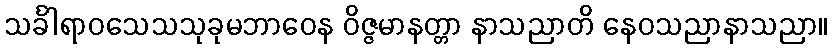
သင်္ခါရာဝသေသသုခုမဘာဝေန ဝိဇ္ဇမာနတ္တာ နာသညာတိ နေဝသညာနာသညာ။